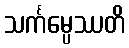
သင်္ကမ္ပေဿတိ